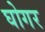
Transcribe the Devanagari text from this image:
घोगर